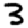
Digit: 3